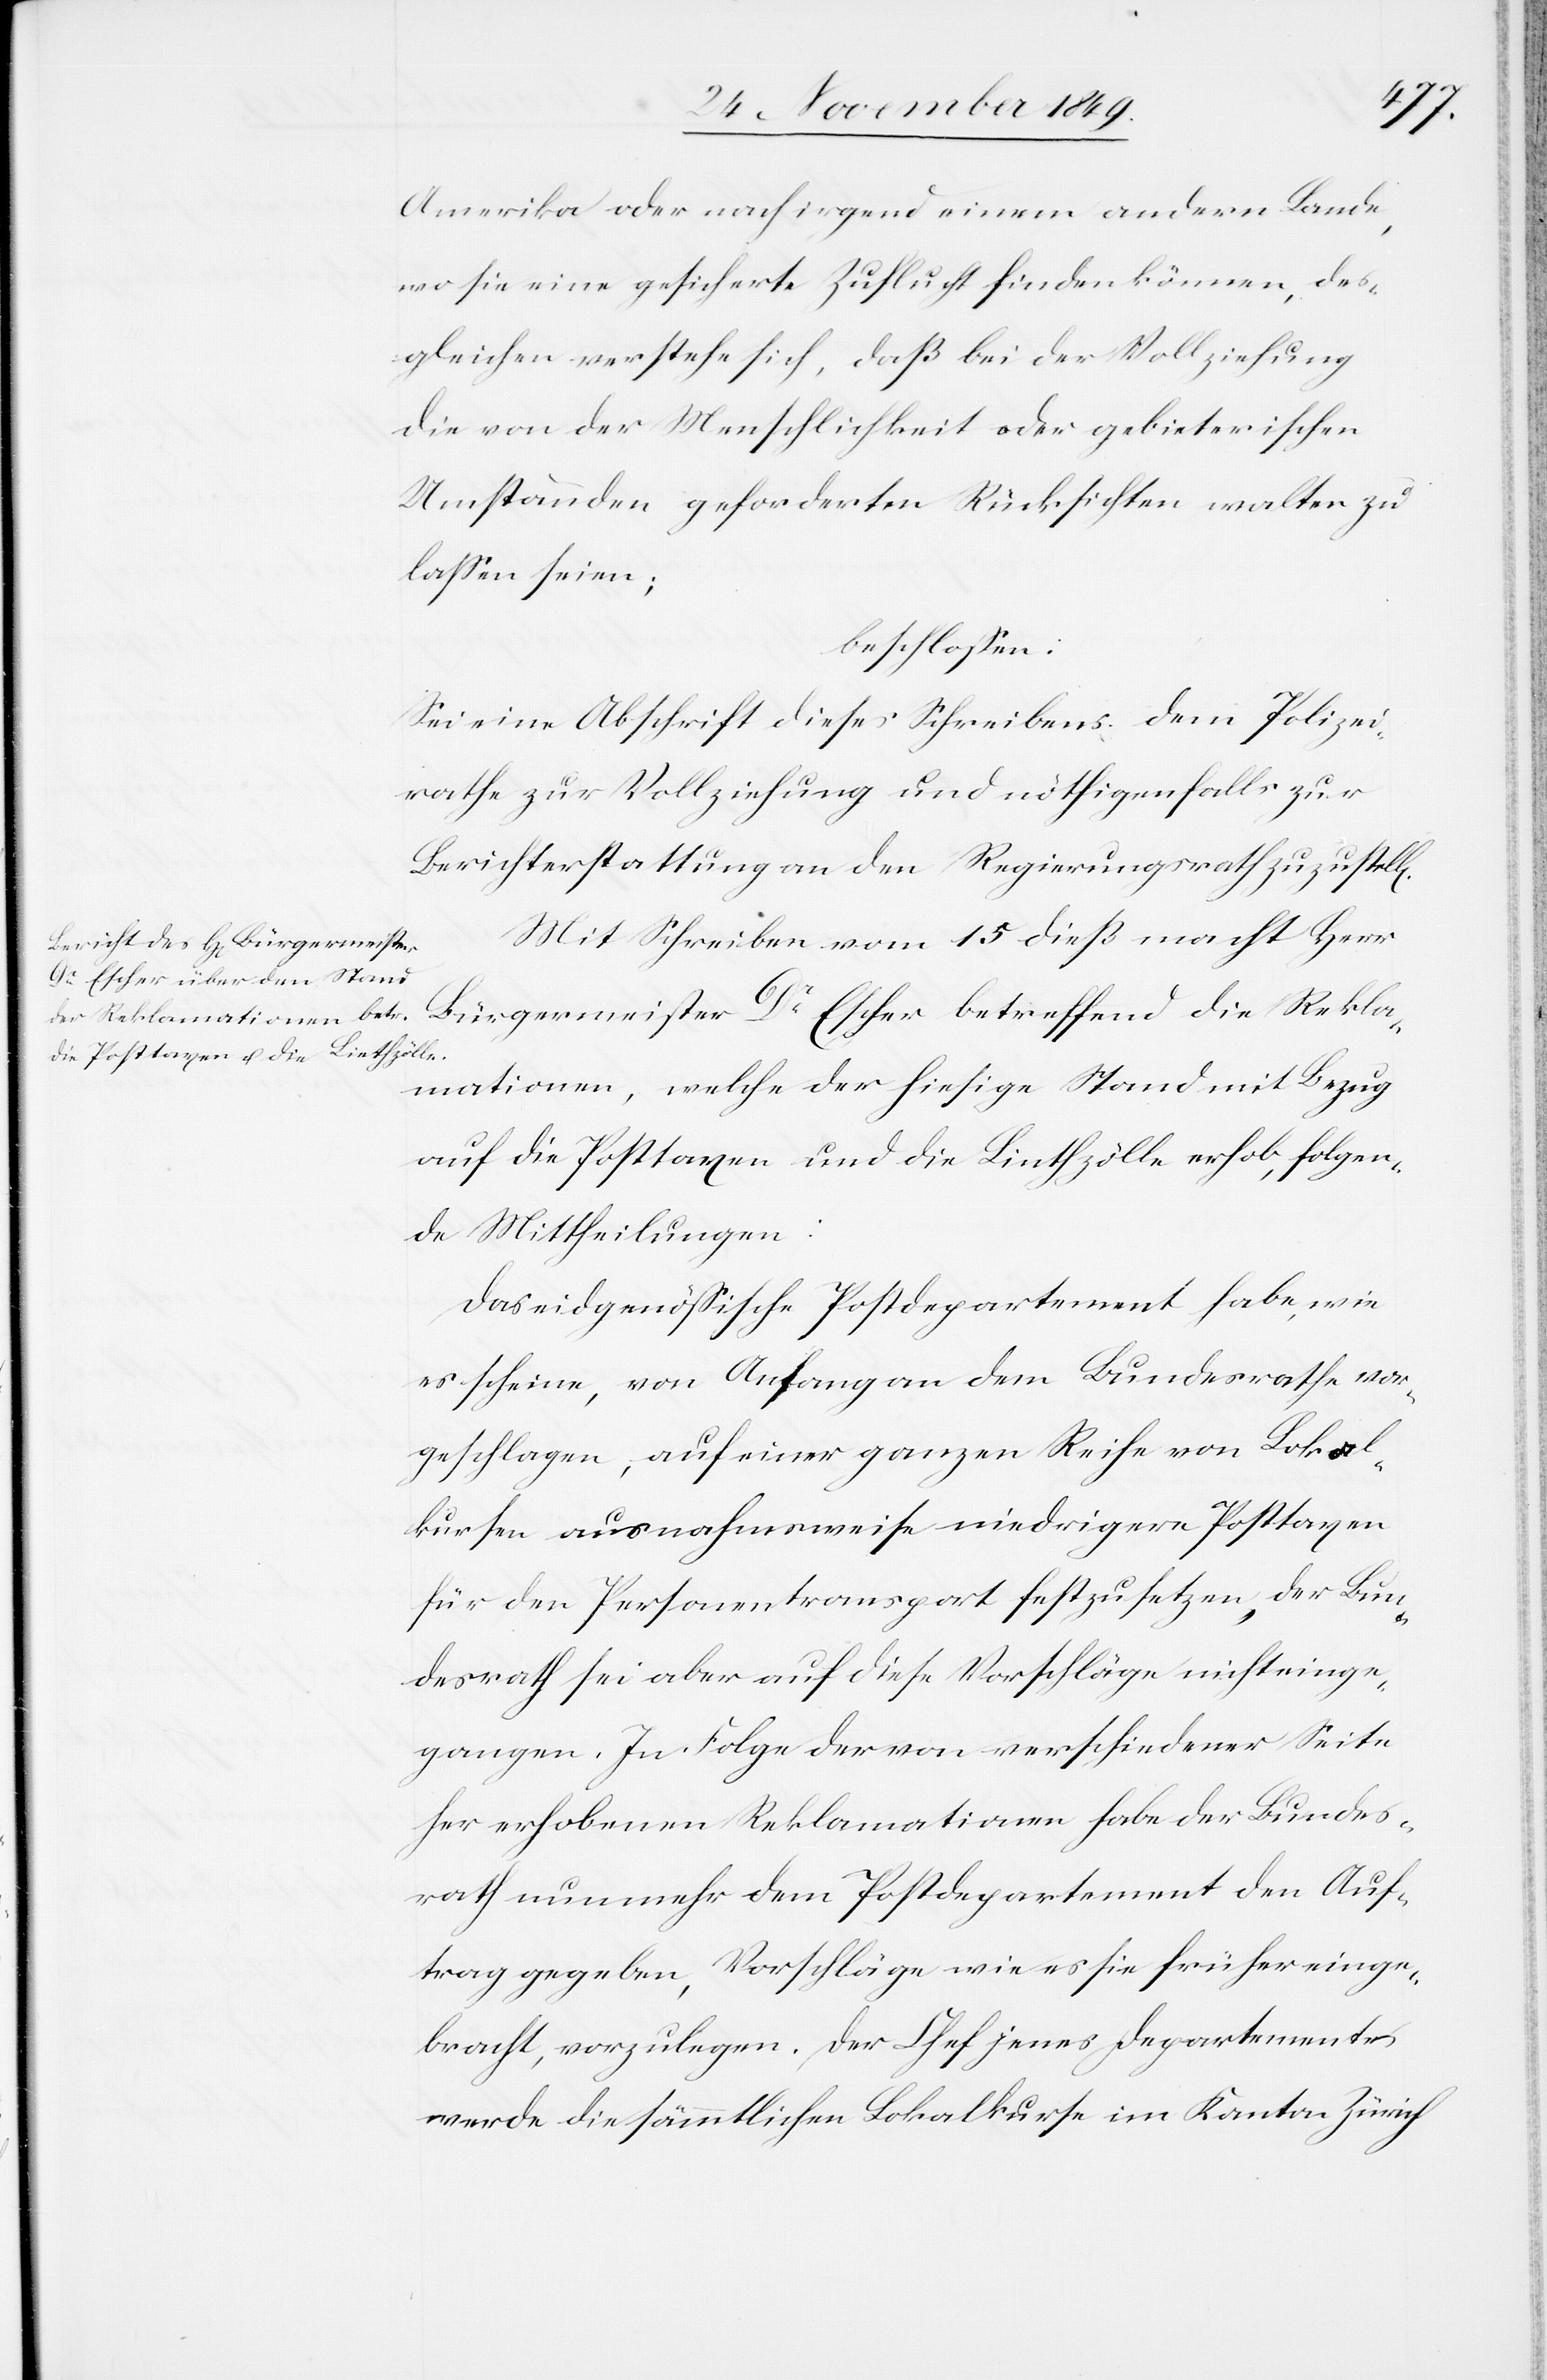
Amerika oder nach irgend einem andern Lande,
wo sie eine gesicherte Zukunft finden können, des¬
gleichen verstehe sich, daß bei der Vollziehung
die von der Menschlichkeit oder gebieterischen
Umständen geforderten Rücksichten walten zu
laßen seien;
beschloßen:
Sei eine Abschrift dieses Schreibens dem Polizei¬
rathe zur Vollziehung und nöthigenfalls zur
Berichterstattung an den Regierungsrath zuzustellen.
Mit Schreiben vom 15 dieß macht Herr
Bürgermeister Dr Escher betreffend die Rekla¬
mationen, welche der hiesige Stand mit Bezug
auf die Posttaxen und die Linthzölle erhob, folgen¬
de Mittheilungen:
Das eidgenößische Postdepartement habe, wie
es scheine, von Anfang an dem Bundesrathe vor¬
geschlagen, auf einer ganzen Reihe von Lokal¬
kursen ausnahmsweise niedrigere Posttaxen
für den Personentransport festzusetzen, der Bun¬
desrath sei aber auf diese Vorschläge nicht einge¬
gangen. In Folge der von verschiedener Seite
her erhobenen Reklamationen habe der Bundes¬
rath nunmehr dem Postdepartement den Auf¬
trag gegeben, Vorschläge wie es sie früher einge¬
bracht, vorzulegen. Der Chef jenes Departementes
werde die sämmtlichen Lokalkurse im Kanton Zürich